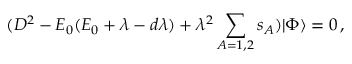
( { \cal D } ^ { 2 } - E _ { 0 } ( E _ { 0 } + \lambda - d \lambda ) + \lambda ^ { 2 } \sum _ { A = 1 , 2 } s _ { A } ) | \Phi \rangle = 0 \, ,